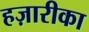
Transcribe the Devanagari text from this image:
हज़ारीका